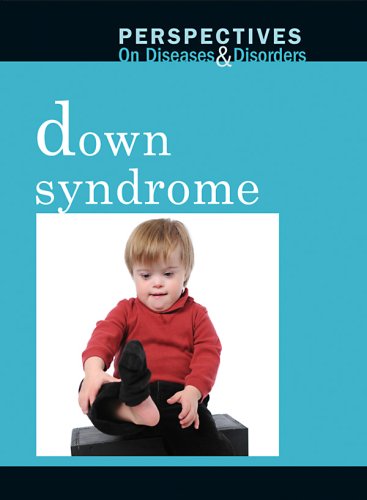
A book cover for Down Syndrome (Perspectives on Diseases and Disorders); Dawn Laney; Teen & Young Adult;